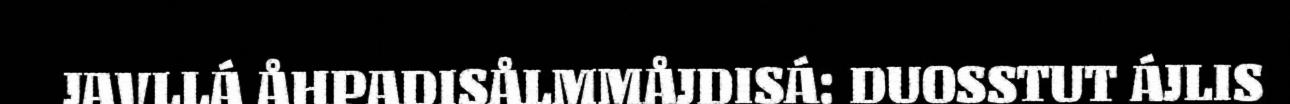
JAVLLÁ ÅHPADISÅLMMÅJDISÁ: DUOSSTUT ÁJLIS